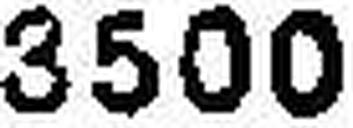
3500